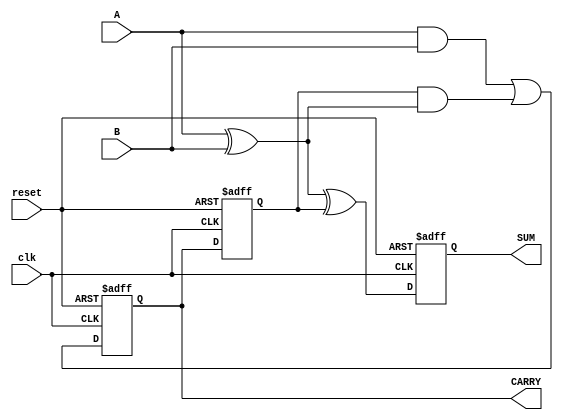
module Sequential_Half_Adder (
    input wire clk,        // Clock signal
    input wire reset,      // Reset signal
    input wire A,          // Input bit A
    input wire B,          // Input bit B
    output reg SUM,        // Output SUM
    output reg CARRY       // Output CARRY
);

// Internal signals to hold previous state
reg previous_carry;

// Combinational logic to calculate SUM and CARRY
wire new_sum;
wire new_carry;

// Calculate new SUM and CARRY based on inputs and previous state
assign new_sum = A ^ B ^ previous_carry; // SUM = A XOR B XOR Previous_CARRY
assign new_carry = (A & B) | (previous_carry & (A ^ B)); // CARRY = (A AND B) OR (Previous_CARRY AND (A XOR B))

// Sequential logic to update state on clock edge
always @(posedge clk or posedge reset) begin
    if (reset) begin
        SUM <= 1'b0;           // Reset SUM to 0
        CARRY <= 1'b0;         // Reset CARRY to 0
        previous_carry <= 1'b0; // Reset previous carry to 0
    end else begin
        SUM <= new_sum;        // Update SUM
        CARRY <= new_carry;    // Update CARRY
        previous_carry <= CARRY; // Store current CARRY for next cycle
    end
end

endmodule